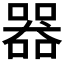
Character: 器